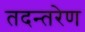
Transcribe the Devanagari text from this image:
तदन्तरेण